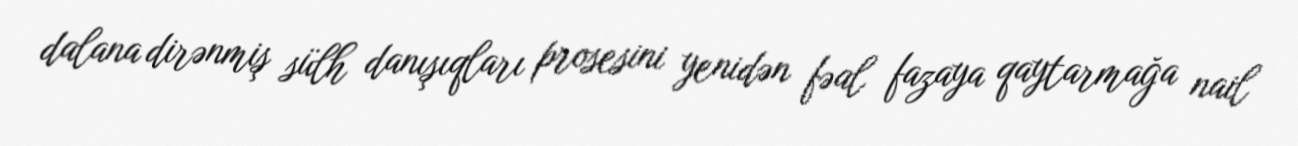
dalana dirənmiş sülh danışıqları prosesini yenidən fəal fazaya qaytarmağa nail